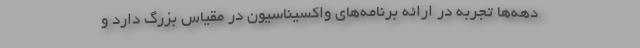
دهه‌ها تجربه در ارائه برنامه‌های واکسیناسیون در مقیاس بزرگ دارد و